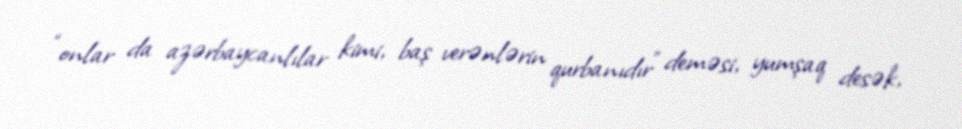
“onlar da azərbaycanlılar kimi, baş verənlərin qurbanıdır” deməsi, yumşaq desək,